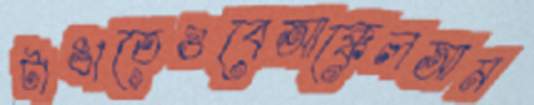
টাঙাতেওবেআক্কেলআম